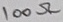
Text: 100Ω